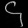
Digit: ၄